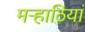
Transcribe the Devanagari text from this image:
मऱ्हाठियां